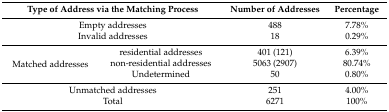
<table><thead><tr><td colspan="2"><b>Type of Address via the Matching Process</b></td><td><b>Number of Addresses</b></td><td><b>Percentage</b></td></tr></thead><tbody><tr><td colspan="2">Empty addresses</td><td>488</td><td>7.78%</td></tr><tr><td colspan="2">Invalid addresses</td><td>18</td><td>0.29%</td></tr><tr><td rowspan="3">Matched addresses</td><td>residential addresses</td><td>401 (121)</td><td>6.39%</td></tr><tr><td>non-residential addresses</td><td>5063 (2907)</td><td>80.74%</td></tr><tr><td>Undetermined</td><td>50</td><td>0.80%</td></tr><tr><td colspan="2">Unmatched addresses</td><td>251</td><td>4.00%</td></tr><tr><td colspan="2">Total</td><td>6271</td><td>100%</td></tr></tbody></table>